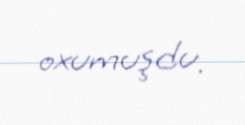
oxumuşdu.